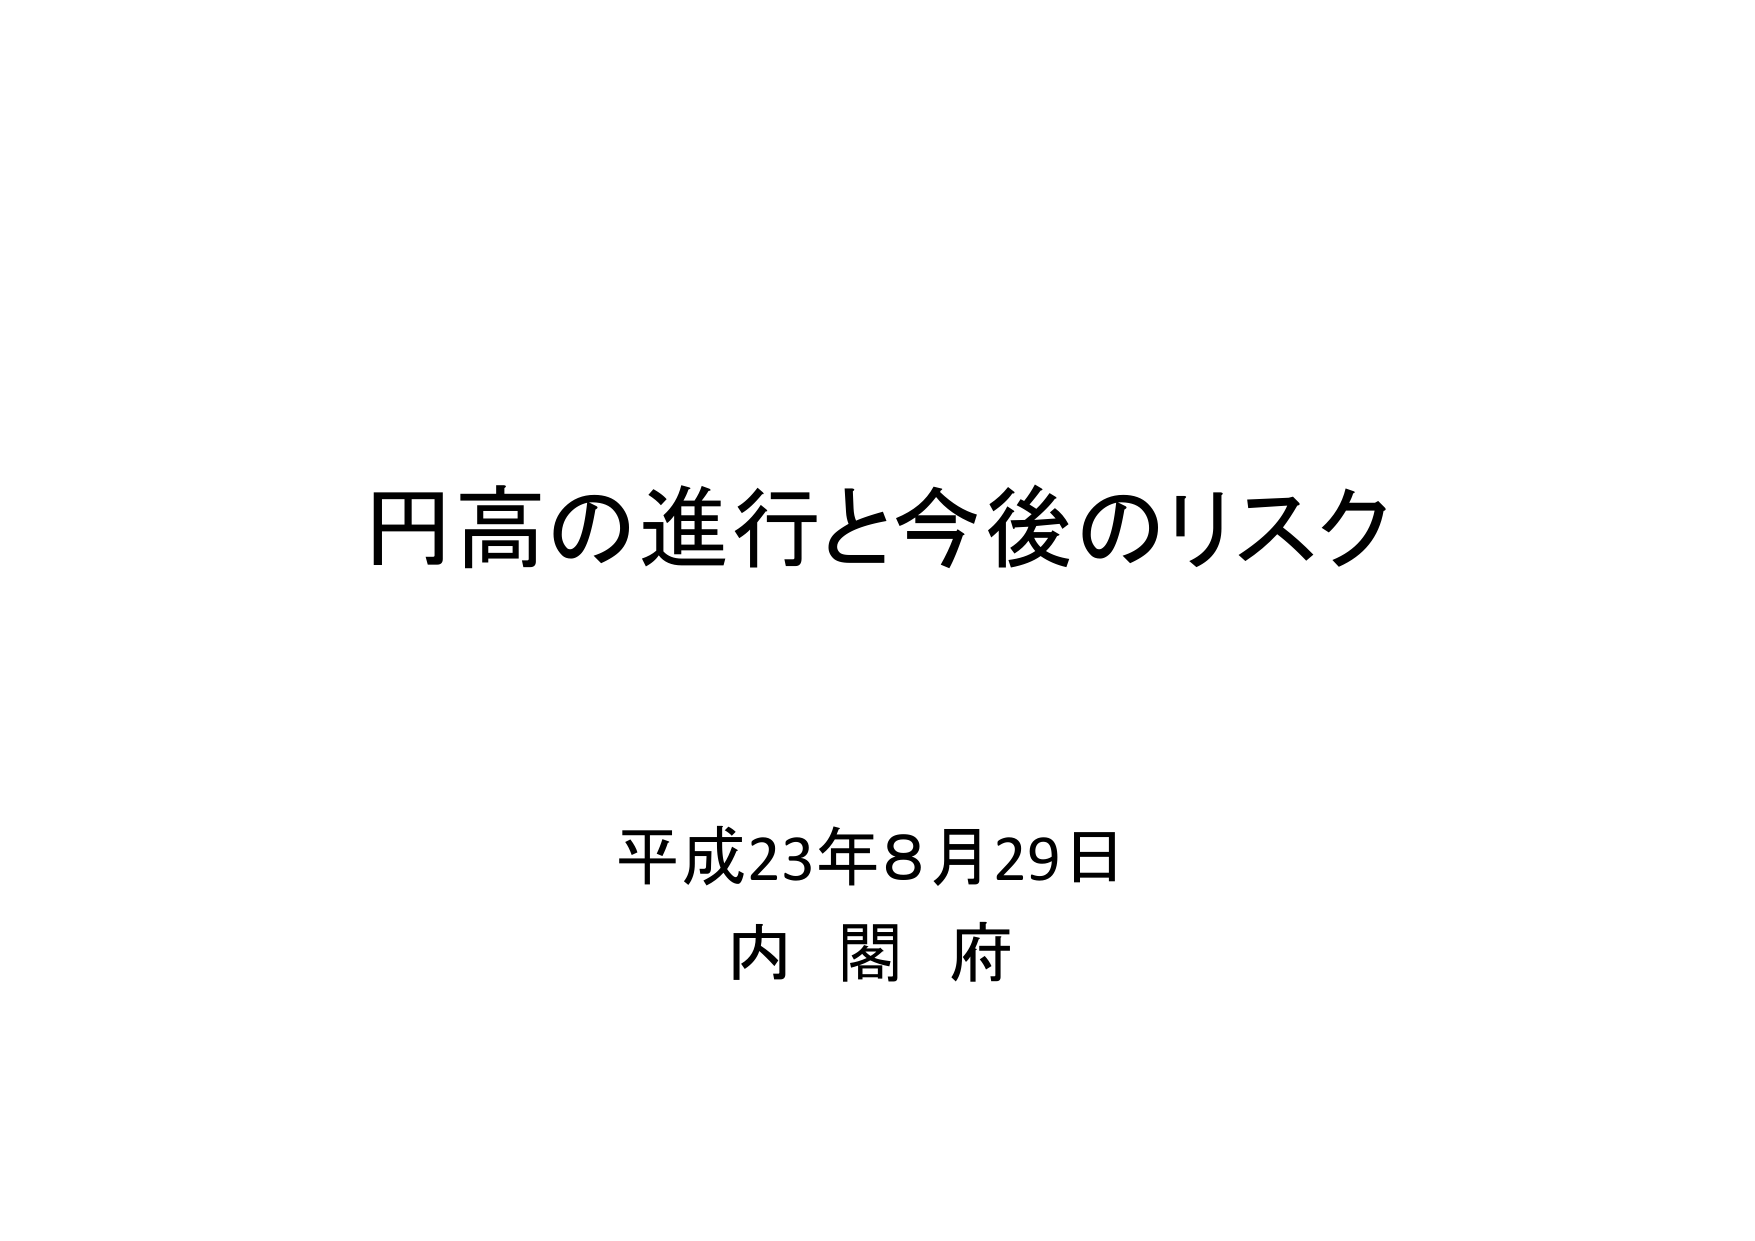
円高の進行と今後のリスク
平成23年8月29日
内閣府